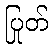
ပြုတ်